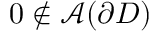
0 \not \in \mathcal { A } ( \partial D )